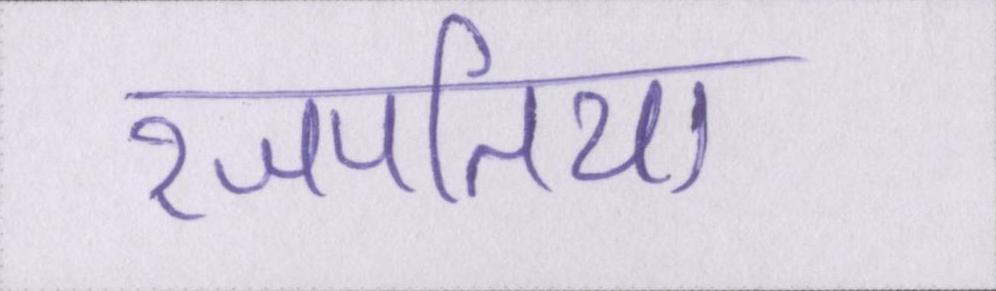
रजपतिया